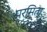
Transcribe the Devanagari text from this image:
परमिता